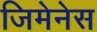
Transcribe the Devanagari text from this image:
जिमेनेस